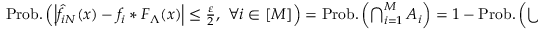
\begin{array} { r } { \mathrm { P r o b . } \left( \left| \hat { f } _ { i N } ( x ) - f _ { i } * F _ { \Lambda } ( x ) \right| \le \frac { \varepsilon } { 2 } , \ \forall i \in [ M ] \right) = \mathrm { P r o b . } \left( \bigcap _ { i = 1 } ^ { M } { \cal { A } } _ { i } \right) = 1 - \mathrm { P r o b . } \left( \bigcup _ { i = 1 } ^ { M } { \cal { A } } _ { i } ^ { c } \right) , } \end{array}